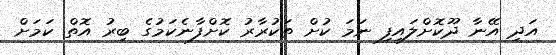
އަދި އޭނާ ދޫކޮށްލައިފި ނަމަ ކުށް ތަކުރާރު ކޮށްފާނެކަމުގެ ބިރު އޮތް ކަމަށް